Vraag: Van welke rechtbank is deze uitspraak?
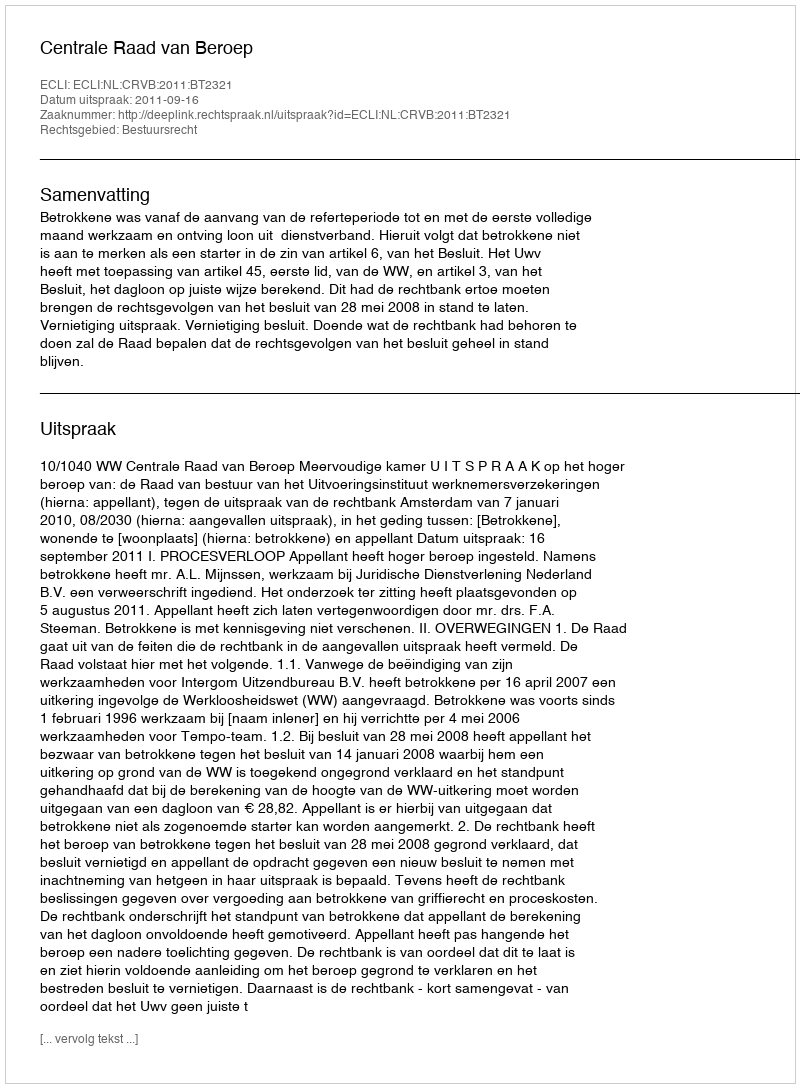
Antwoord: Centrale Raad van Beroep